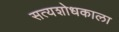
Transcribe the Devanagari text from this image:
सत्यशोधकाला